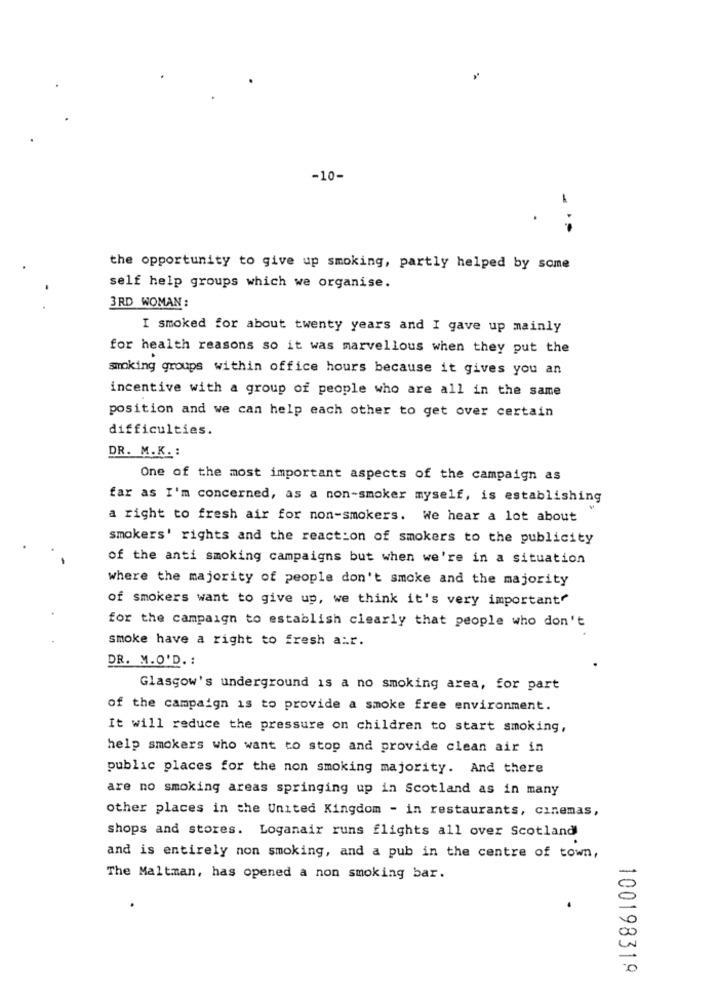
-10-
---
the opportunity to give up smoking, partly helped by some
self help groups which we organise.
3RD WOMAN :
I smoked for about twenty years and I gave up mainly
for health reasons so it was marvellous when they put the
smoking groups within office hours because it gives you an
incentive with a group of people who are all in the same
position and we can help each other to get over certain
difficulties.
DR. M.K. :
One of the most important aspects of the campaign as
far as I'm concerned, as a non-smoker myself, is establishing
a right to fresh air for non-smokers. We hear a lot about
smokers' rights and the reaction of smokers to the publicity
of the anti smoking campaigns but when we're in a situation
where the majority of people don't smoke and the majority
of smokers want to give up, we think it's very important"
for the campaign to establish clearly that people who don't
smoke have a right to fresh air.
DR. M.O'D. :
Glasgow's underground is a no smoking area, for part
of the campaign is to provide a smoke free environment.
It will reduce the pressure on children to start smoking,
help smokers who want to stop and provide clean air in
public places for the non smoking majority. And there
are no smoking areas springing up in Scotland as in many
other places in the United Kingdom - in restaurants, cinemas,
shops and stores. Loganair runs flights all over Scotland
and is entirely non smoking, and a pub in the centre of town,
The Maltman, has opened a non smoking bar.
100198319